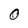
Character: O